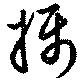
攝